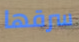
سرقها